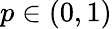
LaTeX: p\in(0,1)